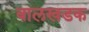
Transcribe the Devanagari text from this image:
बालखडक